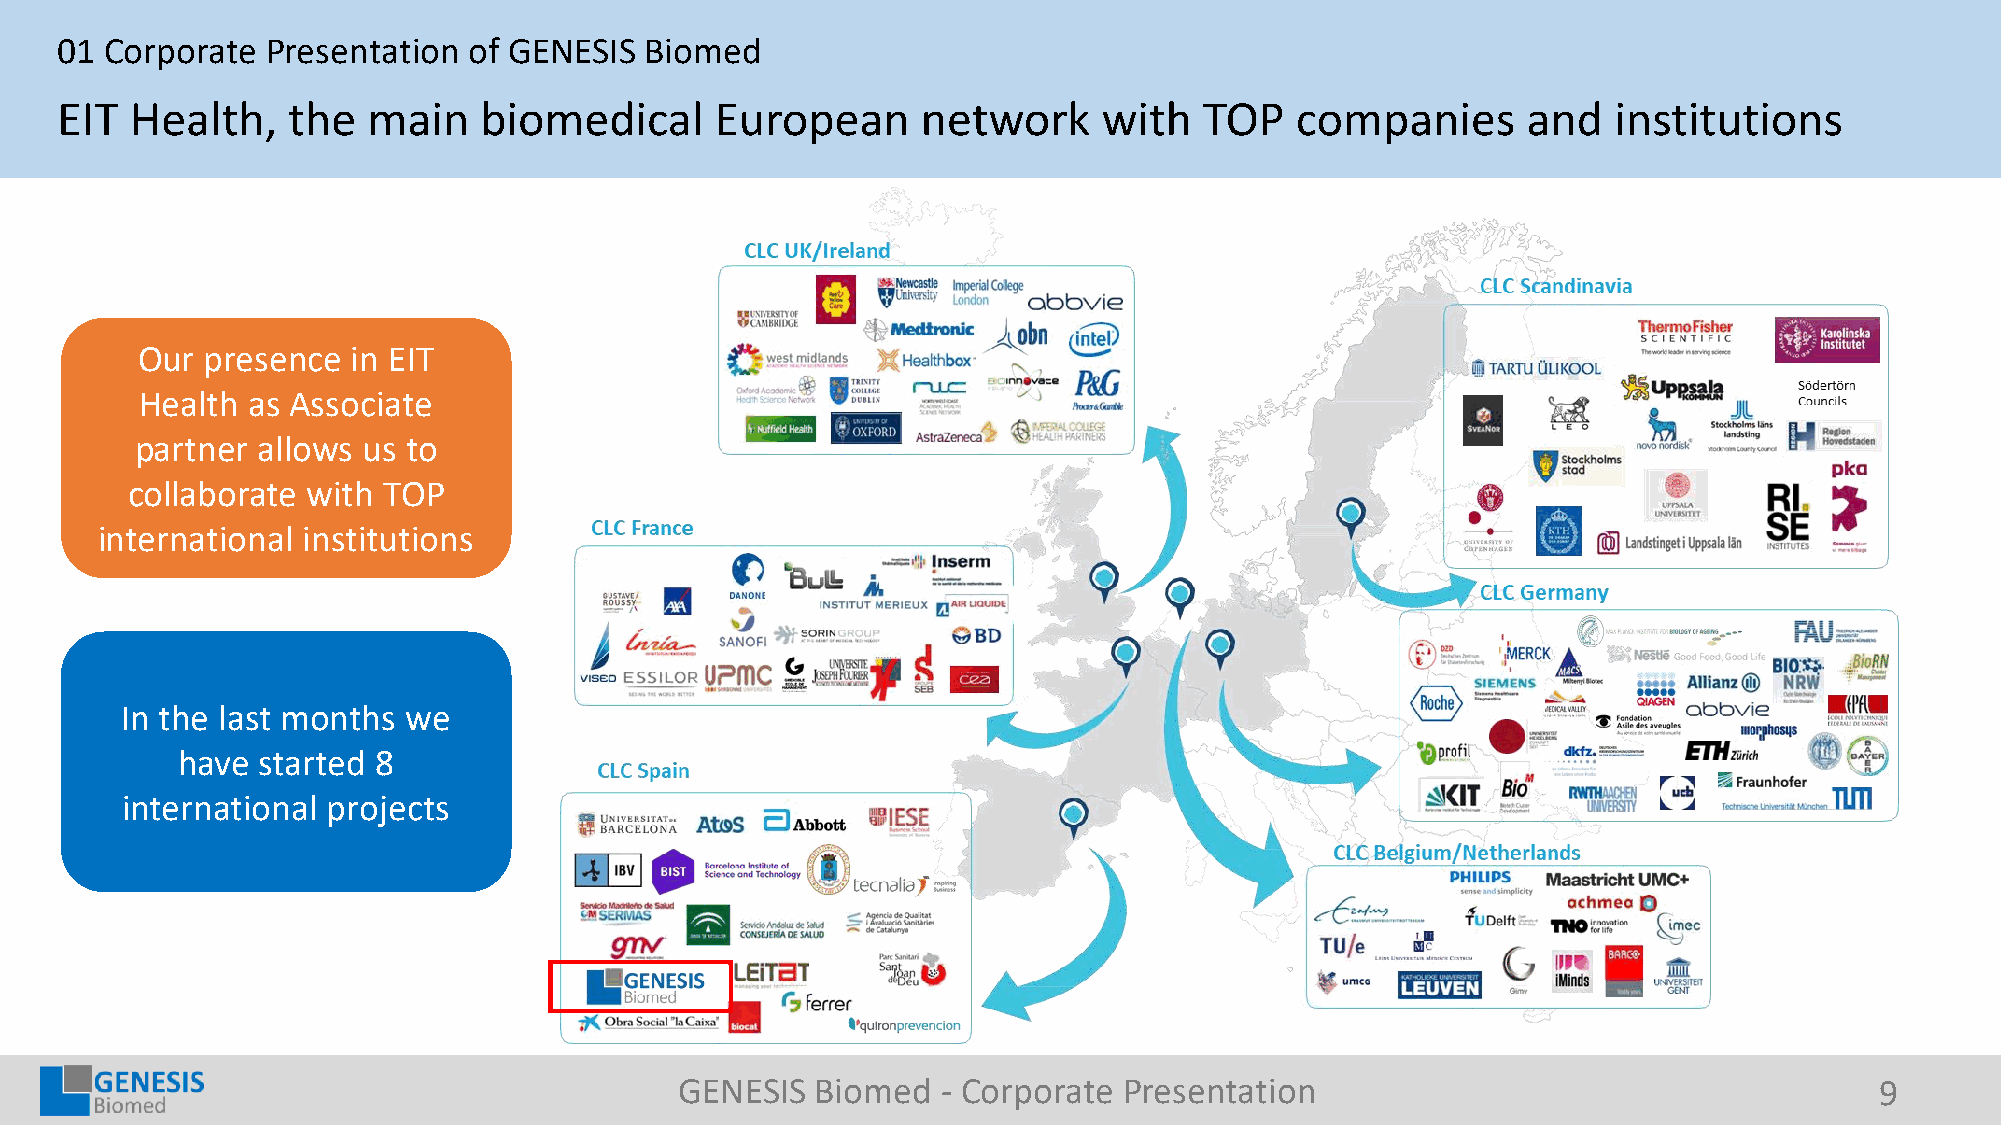
01 Corporate  Presentation of GENESIS  Biomed
 EIT  Health,   the  main    biomedical     European      network     with   TOP   companies      and   institutions
 Our  presence in EIT
 Health as Associate
 partner allows us to
 collaborate with TOP
 international institutions
 In the last months we
 have started 8
 international projects
 GENESIS  Biomed  - Corporate Presentation                                      9